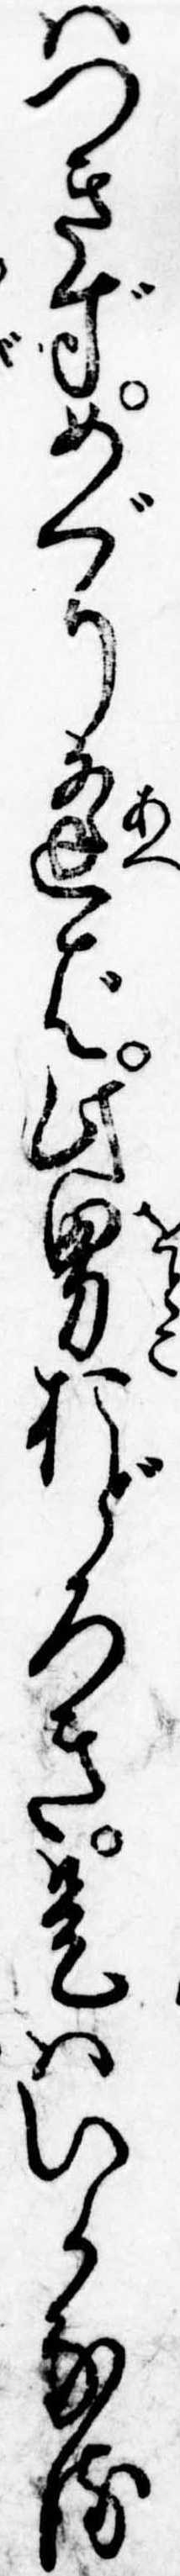
はつきずめぐり逢ば此男おどろき是はいかなる